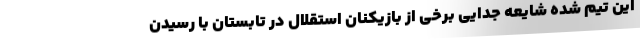
این تیم شده شایعه جدایی برخی از بازیکنان استقلال در تابستان با رسیدن